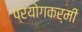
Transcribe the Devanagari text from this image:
प्रयोगकर्मी